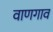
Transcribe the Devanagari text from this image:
वाणगाव